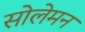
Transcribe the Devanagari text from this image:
सोलेमन